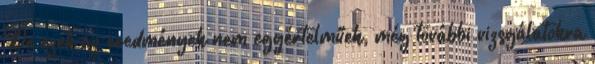
De ezek az eredmények nem egyértelműek, még további vizsgálatokra